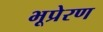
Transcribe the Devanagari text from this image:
भूप्रेरण